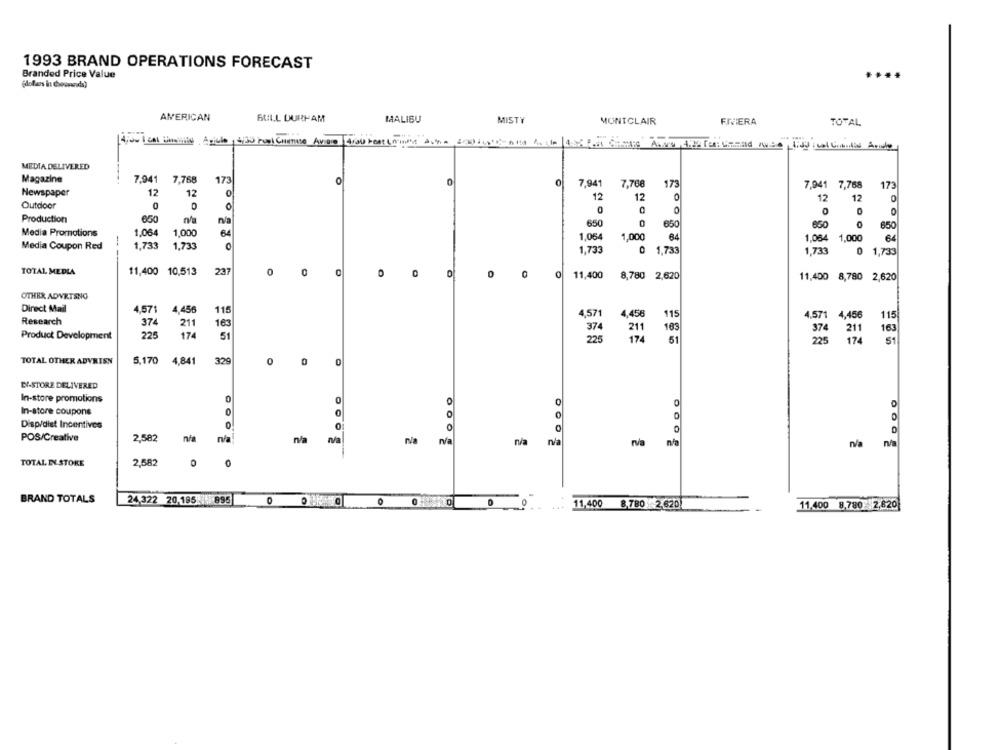
1993 BRAND OPERATIONS FORECAST
Branded Price Value
[dollars in chowsands)
AMERICAN
BULL DURHAM
MALIBU
MISTY
MONTCLAIR
FMVERA
TOTAL
MEDIA DELIVERED
Magazine
7,941 7,768
173
0
0
0
7,941
7,768
173
7,941 7,768
173
Newspaper
12
12
0
12
12
0
12
12
Outdoor
0
Production
Na
650
0
650
650
650
Media Promotions
1.064
1,000
64
1,064
1,000
64
1,064
1,000
Media Coupon Red
1,733
1,733
1,733
0 1,733
1,733
0 1,733
TOTAL MEDIA
11,400 10,513
237
0
0
O
O
0
11,400
8,780 2,620
11,400 8,780 2,620
OTHER ADVRTSNO
Direct Mail
4,571 4,456
115
4,571
4,456
115
4,571 4,456
115
Research
374
211
163
374
211
163
374
Product Development
22
174
61
225
225
TOTAL OTHER ADVRISN
5,170
329
4,841
0
E-STORE DELIVERED
In-store promotions
0
0
0
In-store coupons
O
Disp/dist Incentives
0
POS/Creative
2,582
ni
n/a
n/a
n/a
rva
n/a
TOTAL IN STORE
2,582
BRAND TOTALS
24,322 20,195 895
11,400 8,780 2.620)
11,400 8,780 2.820